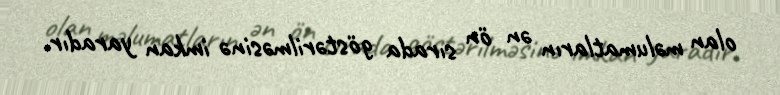
olan məlumatların ən ön sırada göstərilməsinə imkan yaradır.